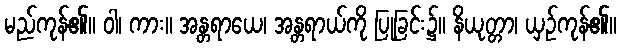
မည်ကုန်၏။ ဝါ၊ ကား။ အန္တရာယေ၊ အန္တရာယ်ကို ပြုခြင်း၌။ နိယုတ္တာ၊ ယှဉ်ကုန်၏။